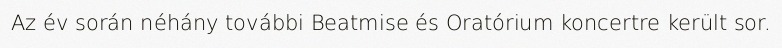
Az év során néhány további Beatmise és Oratórium koncertre került sor.